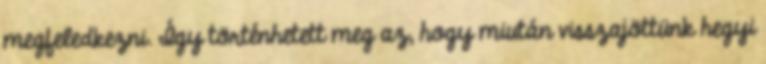
megfeledkezni. Így történhetett meg az, hogy miután visszajöttünk hegyi